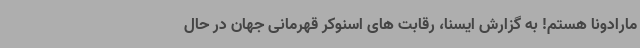
مارادونا هستم! به گزارش ایسنا، رقابت های اسنوکر قهرمانی جهان در حال